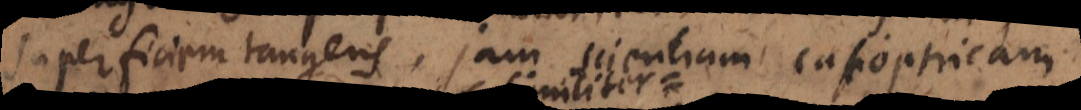
superficiem tangens, jam scientiam catoptrica